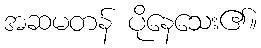
အဆမတန် ပိုနေသေး၏။